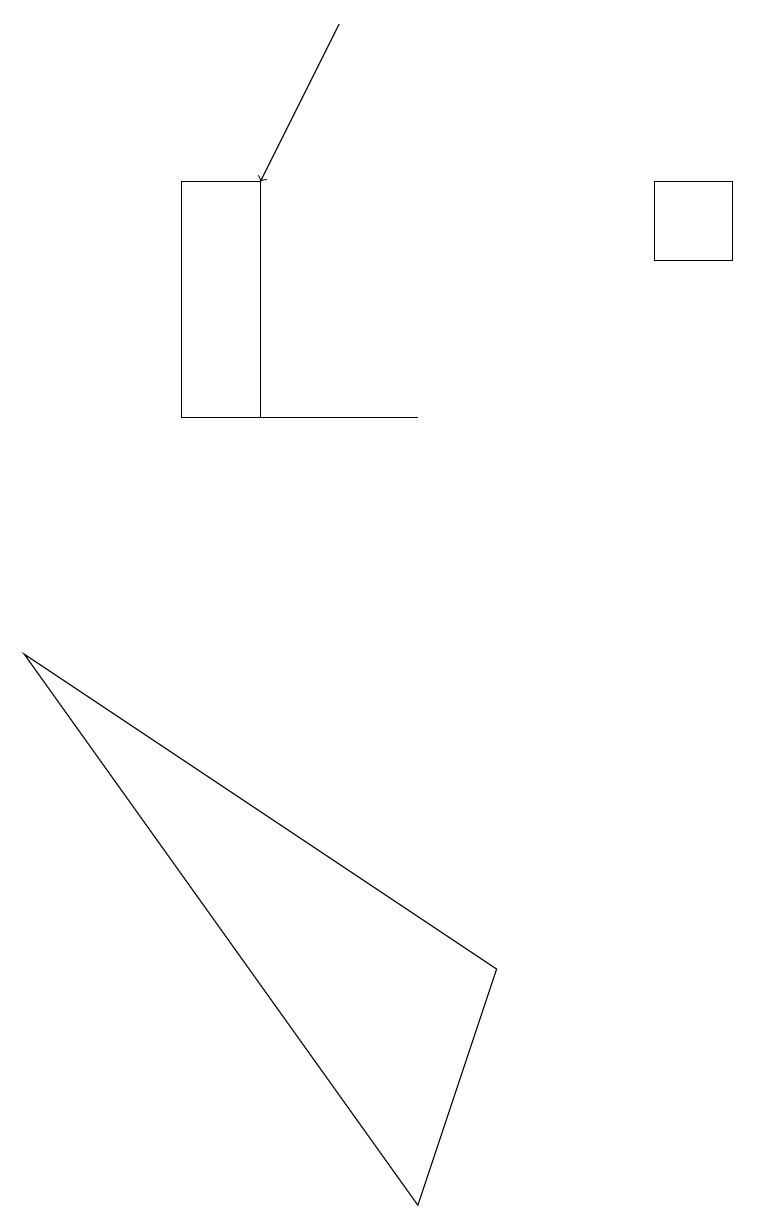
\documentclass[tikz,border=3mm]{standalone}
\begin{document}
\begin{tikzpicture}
\draw (5,11) rectangle (3,11);
\draw (2,11) rectangle (3,14);
\draw[->] (4,16) -- (3,14);
\draw (5,1) -- (0,8) -- (6,4) -- cycle;
\draw (8,13) rectangle (9,14);
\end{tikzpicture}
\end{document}